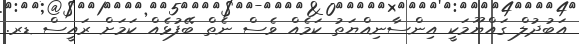
އަބުދުލް ގައްޔޫމަކީ އިންސާނިއްޔަތު ކަމެއް ވެސް ނެތް ބޭފުޅެއް ކަމަށް ރައީސް ޑރ.